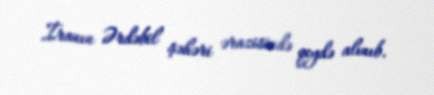
İranın Ərdəbil şəhəri ərazisində qeydə alınıb.